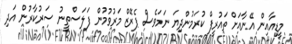
މީޑިއާއިން އޭނާއަށް ތައުރީފް ކުރަމުންދިޔަ ނަމަވެސް ޕެރޭޒް މަރުވުމުން ފަލަސްތީނު ސަރުކާރުން އަދި